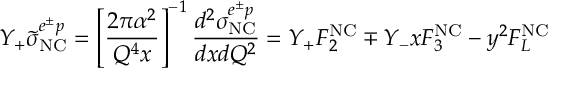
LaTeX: Y _ { + } \tilde { \sigma } _ { \mathrm { N C } } ^ { e ^ { \pm } p } = \left[ \frac { 2 \pi \alpha ^ { 2 } } { Q ^ { 4 } x } \right] ^ { - 1 } \frac { d ^ { 2 } \sigma _ { \mathrm { N C } } ^ { e ^ { \pm } p } } { d x d Q ^ { 2 } } = Y _ { + } F _ { 2 } ^ { \mathrm { N C } } \mp Y _ { - } x F _ { 3 } ^ { \mathrm { N C } } - y ^ { 2 } F _ { L } ^ { \mathrm { N C } }